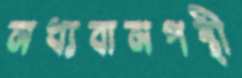
মধ্যবামপন্থী